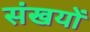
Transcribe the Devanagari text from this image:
संखयों